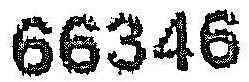
66346